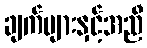
ချက်များနှင့်အညီ